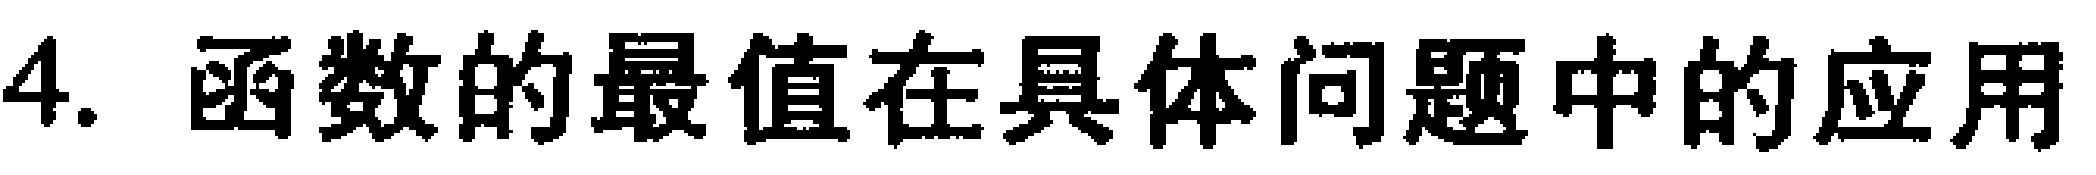
4. 函数的最值在具体问题中的应用